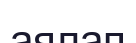
аялап